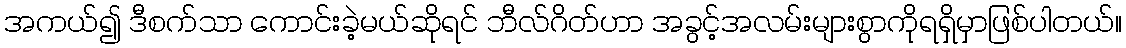
အကယ်၍ ဒီစက်သာ ကောင်းခဲ့မယ်ဆိုရင် ဘီလ်ဂိတ်ဟာ အခွင့်အလမ်းများစွာကိုရရှိမှာဖြစ်ပါတယ်။